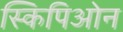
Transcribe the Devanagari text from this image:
स्किपिओन